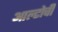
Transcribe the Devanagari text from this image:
आल्टोची